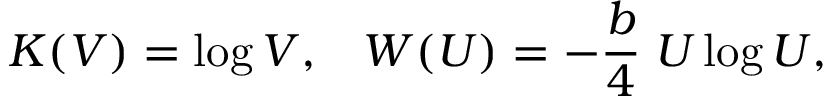
K ( V ) = \log V , \; \; \; W ( U ) = - { \frac { b } { 4 } } \; U \log U ,